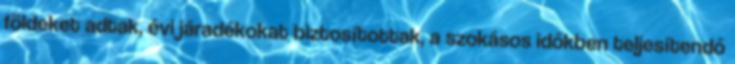
földeket adtak, évi járadékokat biztosítottak, a szokásos időkben teljesítendő